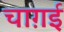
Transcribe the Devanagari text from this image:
चाग़ई